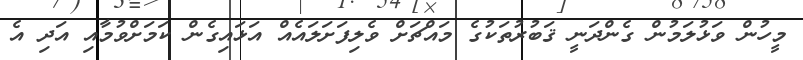
މީހުން ވަޅުލަމުން ގެންދަނީ ޤަބުރުތަކުގެ މައްޗަށް ވެލިފަށަލައެއް އަޅައިގެން ކަމަށްވުމާއި އަދި އެ